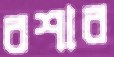
বশার